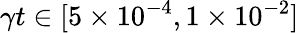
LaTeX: \gamma t\in[5\times 10^{-4},1\times 10^{-2}]